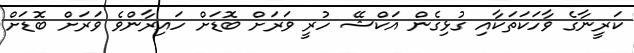
ކަރީނާގެ ވާހަކަތަކާއި ގުޅިގެން އަކްޝޭ ހުރީ ވަރަށް ބޮޑަށް ހައިރާންވެ ވަރަށް ބޮޑަށް